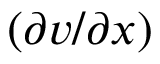
( \partial v / \partial x )